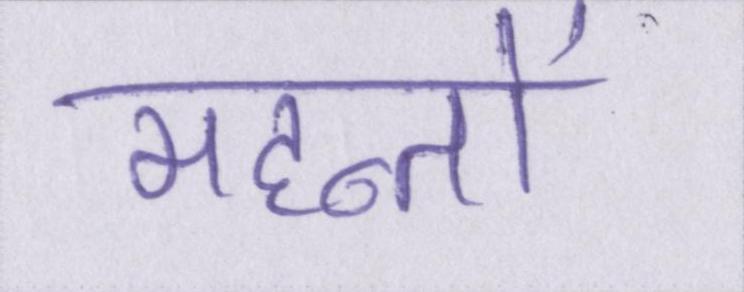
महन्तों